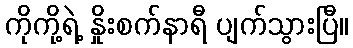
ကိုကို့ရဲ့ နှိုးစက်နာရီ ပျက်သွားပြီ။